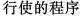
行使的程序